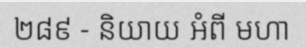
២៨៩ - និយាយ អំពី មហា